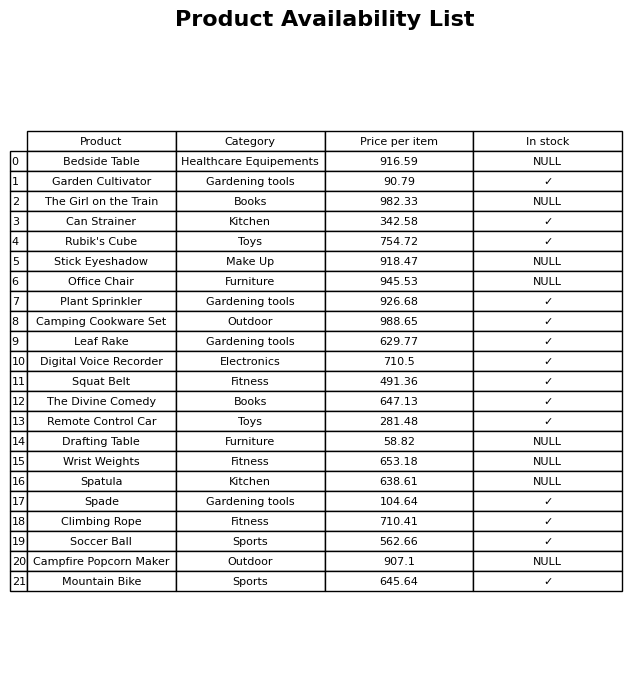
question: What is the price of the Stick Eyeshadow?
answer: The price of Stick Eyeshadow is 918.47.